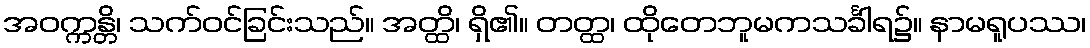
အဝက္ကန္တိ၊ သက်ဝင်ခြင်းသည်။ အတ္ထိ၊ ရှိ၏။ တတ္ထ၊ ထိုတေဘူမကသင်္ခါရ၌။ နာမရူပဿ၊